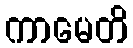
ကာမေတိ